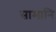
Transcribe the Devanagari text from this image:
सामानि